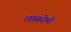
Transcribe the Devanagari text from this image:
लासदेमों